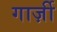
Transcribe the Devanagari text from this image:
गार्ज़ी